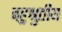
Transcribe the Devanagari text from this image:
बहुश्रुतीय